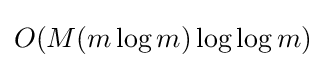
O(M(m\log m)\log \log m)